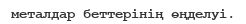
металдар беттерінің өңделуі.